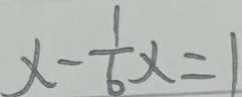
x - \frac { 1 } { 6 } x = 1